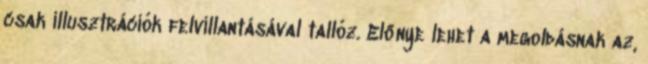
csak illusztrációk felvillantásával tallóz. Előnye lehet a megoldásnak az,